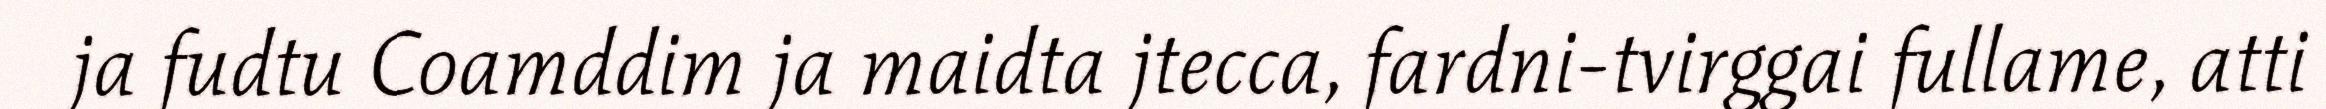
ja fudtu Coamddim ja maidta jtecca, fardni-tvirggai fullame, atti